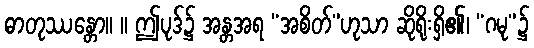
ဓာတုဿန္တော။ ။ ဤပုဒ်၌ အန္တအရ “အစိတ်”ဟုသာ ဆိုရိုးရှိ၏၊ “ဂမု”၌